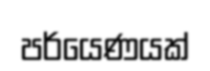
පර්යෙණයක්